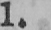
1.